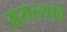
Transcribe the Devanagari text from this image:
असल्याबे